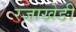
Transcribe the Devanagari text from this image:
रजाखेङी